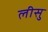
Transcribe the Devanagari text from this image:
लीसु